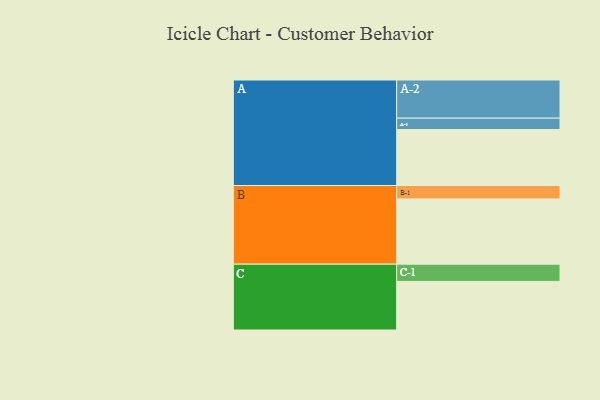
{"axis": {"x": "Segment", "y": "Value"}, "legend": ["", "A", "B", "C"], "data": [{"x": "A", "y": 396, "type": ""}, {"x": "B", "y": 462, "type": ""}, {"x": "C", "y": 344, "type": ""}, {"x": "A-1", "y": 81, "type": "A"}, {"x": "A-2", "y": 270, "type": "A"}, {"x": "B-1", "y": 95, "type": "B"}, {"x": "C-1", "y": 122, "type": "C"}]}